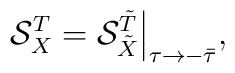
{\cal S}^{T}_X  = {\cal S}^{\tilde T}_{\tilde X}\Big|_{\tau\rightarrow -\bar\tau},